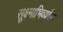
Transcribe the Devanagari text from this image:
सूक्ष्माभिव्यक्ति